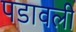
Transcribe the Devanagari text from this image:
पडावली